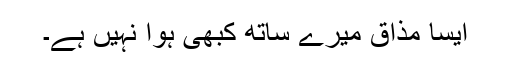
ایسا مذاق میرے ساتھ کبھی ہوا نہیں ہے۔